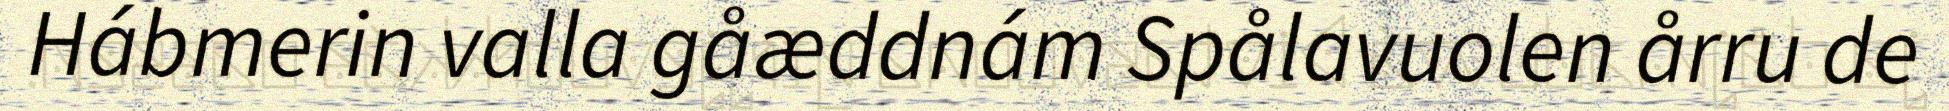
Hábmerin valla gåæddnám Spålavuolen årru de